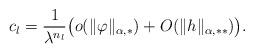
LaTeX: \begin{align*} c_{l}=\frac{1}{\lambda^{n_{l}}}\big(o(\|\varphi\|_{\alpha, *})+O(\|h\|_{\alpha, **})\big). \end{align*}